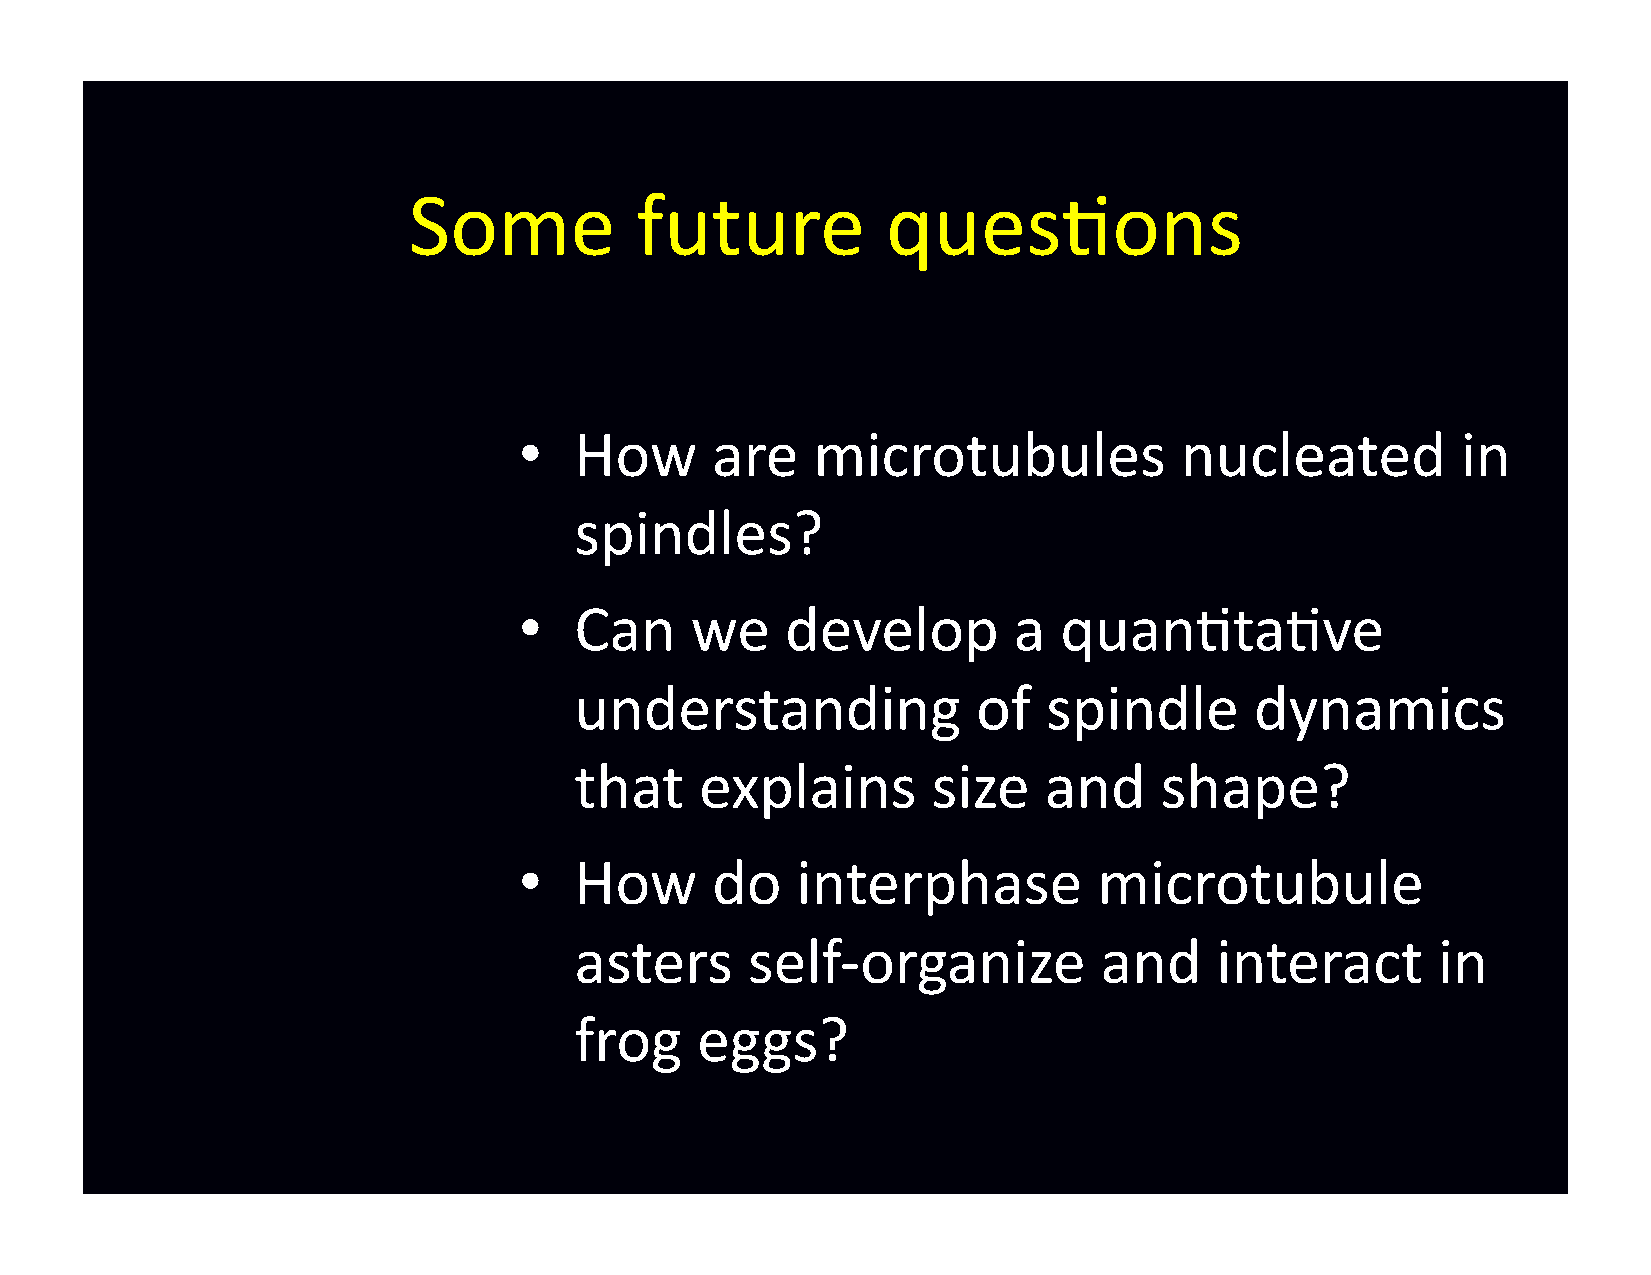
Some           future           ques-ons
 •   How      are    microtubules            nucleated          in
 spindles?
 •   Can     we    develop        a  quan-ta-ve
 understanding              of  spindle       dynamics
 that    explains        size   and     shape?
 •   How      do    interphase          microtubule
 asters     self-­‐organize         and    interact       in
 frog    eggs?